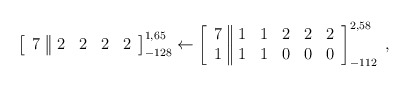
\begin{align*}\left[ \begin{array}{c||cccc} 7 &2&2&2&2 \end{array}\right]^{1,65}_{-128} \leftarrow\left[ \begin{array}{c||ccccc} 7 &1&1&2&2&2 \\ 1 &1&1&0&0&0 \end{array}\right]^{2,58}_{-112} \; ,\end{align*}